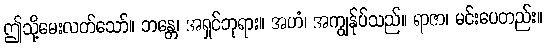
ဤသို့မေးလတ်သော်။ ဘန္တေ၊ အရှင်ဘုရား။ အဟံ၊ အကျွန်ုပ်သည်။ ရာဇာ၊ မင်းပေတည်း။